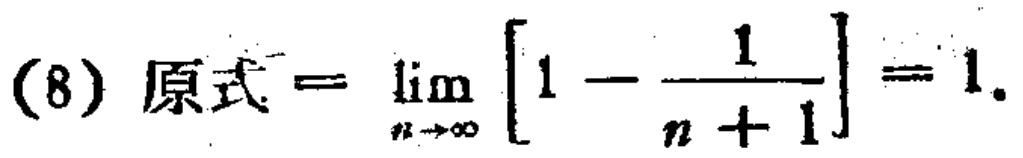
(8) 原式=$\lim_{n \to \infty} \left[1 - \frac{1}{n + 1}\right]=1$.